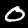
Digit: 0